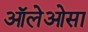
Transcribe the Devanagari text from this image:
ऑलेओसा